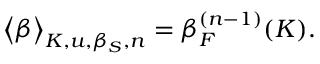
\big < \beta \big > _ { K , u , \beta _ { S } , n } = \beta _ { F } ^ { ( n - 1 ) } ( K ) .